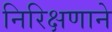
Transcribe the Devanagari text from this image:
निरिक्षणाने